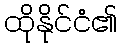
ထိုနိုင်ငံ၏